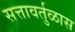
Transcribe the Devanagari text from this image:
सत्तावर्तुळास